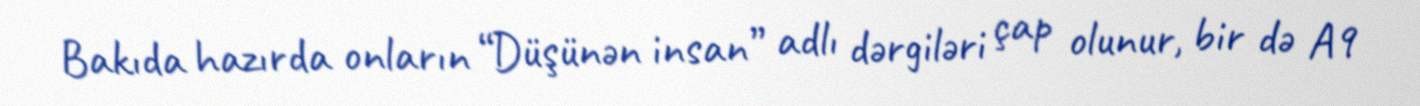
Bakıda hazırda onların “Düşünən insan” adlı dərgiləri çap olunur, bir də A9